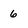
Character: 6